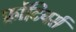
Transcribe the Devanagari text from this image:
फ्रोंटियर्स